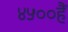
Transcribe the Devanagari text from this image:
४५००हैं